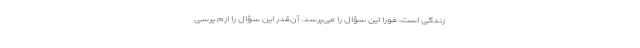
زندگی است، فوراً این سؤال را می‌پرسد. آن‌قدر این سؤال را ازم پرسی